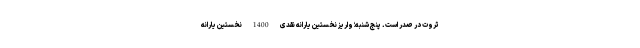
ثروت در صدر است. پنج شنبه؛ واریز نخستین یارانه نقدی 1400 نخستین یارانه